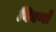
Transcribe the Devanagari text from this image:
विवर्णों